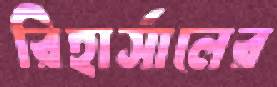
রিহার্সালের